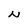
Character: N